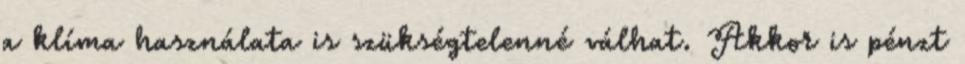
a klíma használata is szükségtelenné válhat. Akkor is pénzt